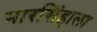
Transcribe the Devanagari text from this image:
नारसिंहाला